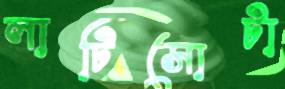
লাটিসোটা